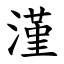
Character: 漌